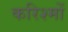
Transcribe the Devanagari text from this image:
करिश्मों